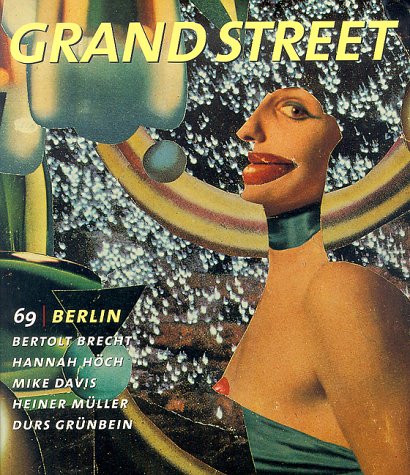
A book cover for Grand Street 69: Berlin (Summer 1999); Jean Stein; Humor & Entertainment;